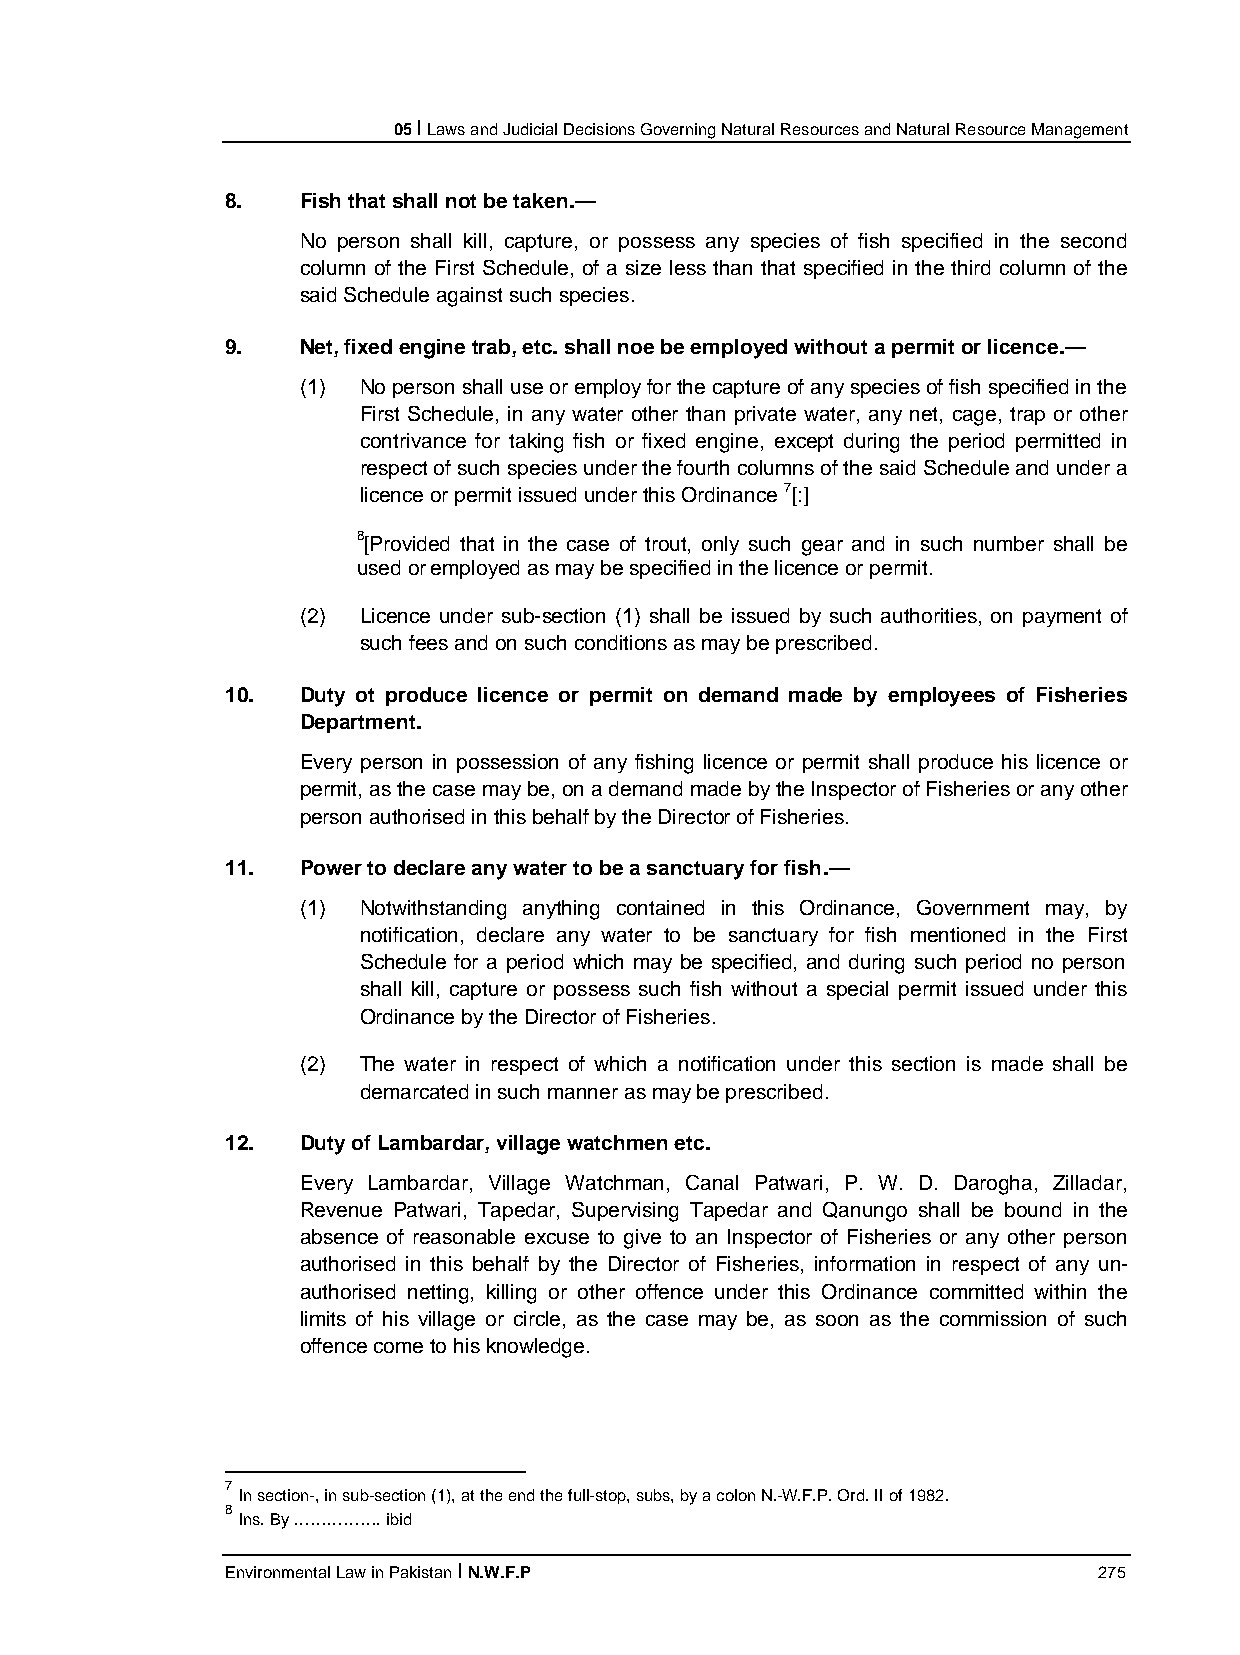
05 I Laws and Judicial Decisions Governing Natural Resources and Natural Resource Management
 8.   Fish that shall not be taken.—
 No person shall kill, capture, or possess any species of fish specified in the second
 column of the First Schedule, of a size less than that specified in the third column of the
 said Schedule against such species.
 9.   Net, fixed engine trab, etc. shall noe be employed without a permit or licence.—
 (1) No person shall use or employ for the capture of any species of fish specified in the
 First Schedule, in any water other than private water, any net, cage, trap or other
 contrivance for taking fish or fixed engine, except during the period permitted in
 respect of such species under the fourth columns of the said Schedule and under a
 licence or permit issued under this Ordinance 7[:]
 8[Provided that in the case of trout, only such gear and in such number shall be
 used or employed as may be specified in the licence or permit.
 (2) Licence under sub-section (1) shall be issued by such authorities, on payment of
 such fees and on such conditions as may be prescribed.
 10.  Duty ot produce licence or permit on demand made by employees of Fisheries
 Department.
 Every person in possession of any fishing licence or permit shall produce his licence or
 permit, as the case may be, on a demand made by the Inspector of Fisheries or any other
 person authorised in this behalf by the Director of Fisheries.
 11.  Power to declare any water to be a sanctuary for fish.—
 (1) Notwithstanding anything contained in this Ordinance, Government may, by
 notification, declare any water to be sanctuary for fish mentioned in the First
 Schedule for a period which may be specified, and during such period no person
 shall kill, capture or possess such fish without a special permit issued under this
 Ordinance by the Director of Fisheries.
 (2) The water in respect of which a notification under this section is made shall be
 demarcated in such manner as may be prescribed.
 12.  Duty of Lambardar, village watchmen etc.
 Every Lambardar, Village Watchman, Canal Patwari, P. W. D. Darogha, Zilladar,
 Revenue Patwari, Tapedar, Supervising Tapedar and Qanungo shall be bound in the
 absence of reasonable excuse to give to an Inspector of Fisheries or any other person
 authorised in this behalf by the Director of Fisheries, information in respect of any un-
 authorised netting, killing or other offence under this Ordinance committed within the
 limits of his village or circle, as the case may be, as soon as the commission of such
 offence come to his knowledge.
 7
 In section-, in sub-section (1), at the end the full-stop, subs, by a colon N.-W.F.P. Ord. II of 1982.
 8
 Ins. By ……………. ibid
 Environmental Law in Pakistan I N.W.F.P                   275